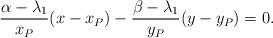
LaTeX: \begin{align*}\frac{\alpha-\lambda_1}{x_P}(x-x_P)- \frac{\beta-\lambda_1}{y_P}(y-y_P)=0.\end{align*}